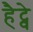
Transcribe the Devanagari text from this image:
हैट्वे